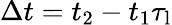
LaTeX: \Delta t=t_{2}-t_{1}\le\tau_{\mathrm{l}}